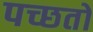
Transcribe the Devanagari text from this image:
पच्छतो